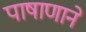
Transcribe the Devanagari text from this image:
पाषाणाने